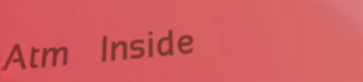
Atm Inside